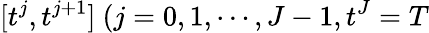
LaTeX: [t^{j},t^{j+1}]\ (j=0,1,\cdots,J-1,t^{J}=T